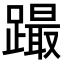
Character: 𨅎